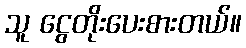
သူ ငွေတိုးပေးစားတယ်။